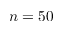
n = 5 0